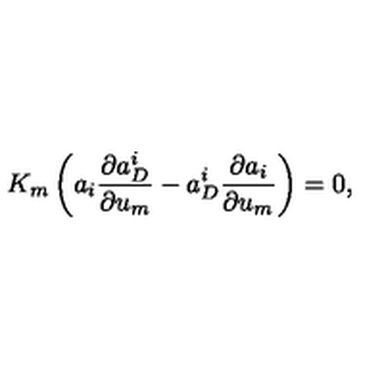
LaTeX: K _ { m } \left( a _ { i } \frac { \partial a _ { D } ^ { i } } { \partial u _ { m } } - a _ { D } ^ { i } \frac { \partial a _ { i } } { \partial u _ { m } } \right) = 0 ,